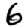
Digit: 6